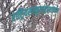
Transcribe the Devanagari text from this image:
राष्ट्रियसंस्कृतसंस्थानम